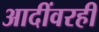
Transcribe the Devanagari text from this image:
आदींवरही